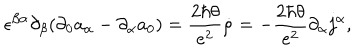
\epsilon ^ { \beta \alpha } \partial _ { \beta } ( \partial _ { 0 } a _ { \alpha } - \partial _ { \alpha } a _ { 0 } ) = { \frac { 2 \hbar \theta } { e ^ { 2 } } } \dot { \rho } = - { \frac { 2 \hbar \theta } { e ^ { 2 } } } \partial _ { \alpha } j ^ { \alpha } ,